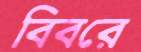
বিবরে